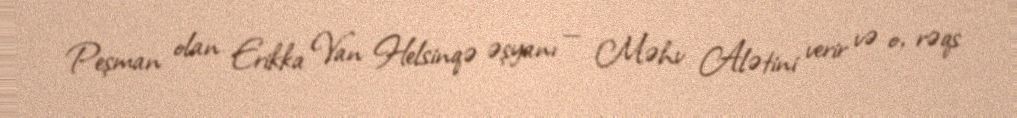
Peşman olan Erikka Van Helsinqə əşyanı — Məhv Alətini verir və o, rəqs